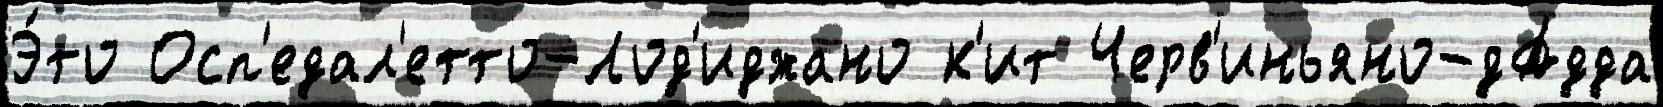
Э́то Осп'едал'етто-Лод'иджано к'ит Черв'иньяно-дАдда